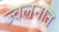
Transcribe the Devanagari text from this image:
ज्वलनात